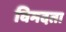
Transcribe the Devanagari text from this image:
विमदता